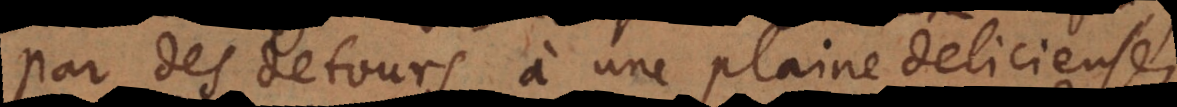
par des detours à une plaine delicieuse,